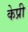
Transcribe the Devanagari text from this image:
केप्री